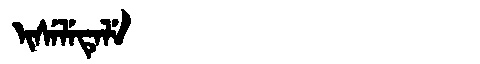
Manchu: ᡳᠰᡝᠯᡝᡨᡝᠯᡝ
Romanization: ISELETELE